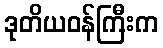
ဒုတိယဝန်ကြီးက